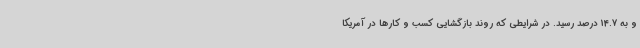
و به 14.7 درصد رسید. در شرایطی که روند بازگشایی کسب و کارها در آمریکا